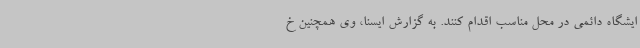
ایشگاه دائمی در محل مناسب اقدام کنند. به گزارش ایسنا، وی همچنین خ